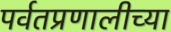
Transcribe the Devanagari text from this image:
पर्वतप्रणालीच्या